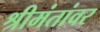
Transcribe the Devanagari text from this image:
श्रीमंतांवर